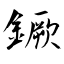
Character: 鐝